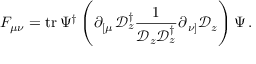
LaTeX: F _ { \mu \nu } = \mathrm { t r } \, \Psi ^ { \dagger } \left( \partial _ { \left[ \mu \right. } \mathcal { D } _ { z } ^ { \dagger } \frac { 1 } { \mathcal { D } _ { z } \mathcal { D } _ { z } ^ { \dagger } } \partial _ { \left. \nu \right] } \mathcal { D } _ { z } \right) \Psi \, .